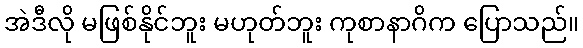
အဲဒီလို မဖြစ်နိုင်ဘူး မဟုတ်ဘူး ကုစာနာဂိက ပြောသည်။